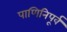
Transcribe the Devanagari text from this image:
पाणिनिपूर्व